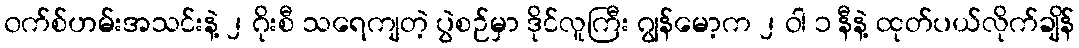
၀က်စ်ဟမ်းအသင်းနဲ့ ၂ ဂိုးစီ သရေကျတဲ့ ပွဲစဉ်မှာ ဒိုင်လူကြီး ဂျွန်မော့က ၂ ဝါ ၁ နီနဲ့ ထုတ်ပယ်လိုက်ချိန်